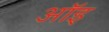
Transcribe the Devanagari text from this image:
ऑइ